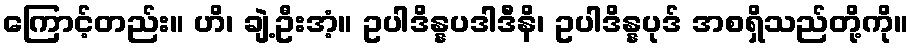
ကြောင့်တည်း။ ဟိ၊ ချဲ့ဦးအံ့။ ဥပါဒိန္နပဒါဒီနိ၊ ဥပါဒိန္နပုဒ် အစရှိသည်တို့ကို။